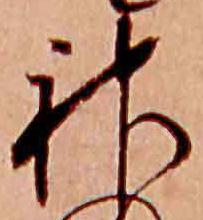
神